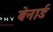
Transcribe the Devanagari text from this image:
बेनार्ड